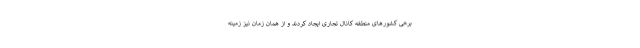
برخی کشورهای منطقه کانال تجاری ایجاد کردند و از همان زمان نیز زمینه